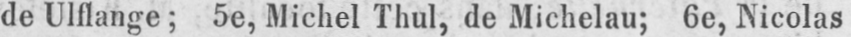
de Ulflange; 5e, Michel Thul, de Michelau; 6e, Nicolas